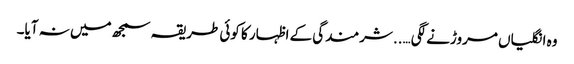
وہ انگلیاں مروڑنے لگی…..شرمندگی کے اظہار کا کوئی طریقہ سمجھ میں نہ آیا۔